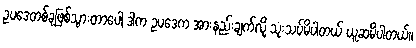
ဥပဒေတစ်ခုဖြစ်သွားတာပေါ့ ဒါက ဥပဒေက အားနည်းချက်လို့ သုံးသပ်မိပါတယ် ယူဆမိပါတယ်။